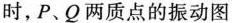
时，P、Q两质点的振动图